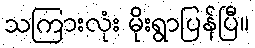
သကြားလုံး မိုးရွာပြန်ပြီ။